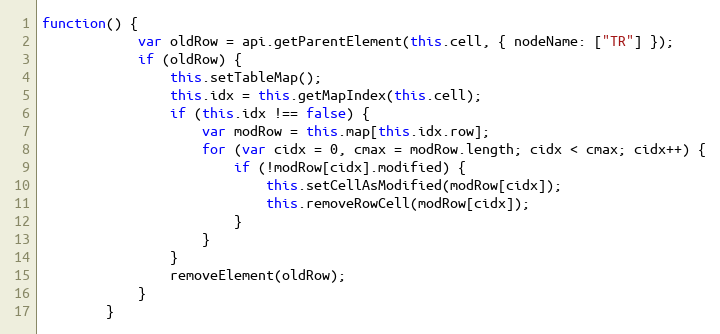
Language: JavaScript
function() {
            var oldRow = api.getParentElement(this.cell, { nodeName: ["TR"] });
            if (oldRow) {
                this.setTableMap();
                this.idx = this.getMapIndex(this.cell);
                if (this.idx !== false) {
                    var modRow = this.map[this.idx.row];
                    for (var cidx = 0, cmax = modRow.length; cidx < cmax; cidx++) {
                        if (!modRow[cidx].modified) {
                            this.setCellAsModified(modRow[cidx]);
                            this.removeRowCell(modRow[cidx]);
                        }
                    }
                }
                removeElement(oldRow);
            }
        }